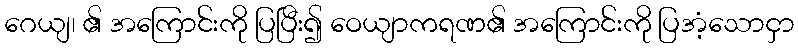
ဂေယျ၊ ၏ အကြောင်းကို ပြပြီး၍ ဝေယျာကရဏ၏ အကြောင်းကို ပြအံ့သောငှာ